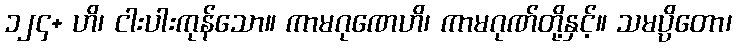
၁၂၄+ ဟိ၊ ငါးပါးကုန်သော။ ကာမဂုဏေဟိ၊ ကာမဂုဏ်တို့နှင့်။ သမပ္ပိတော၊